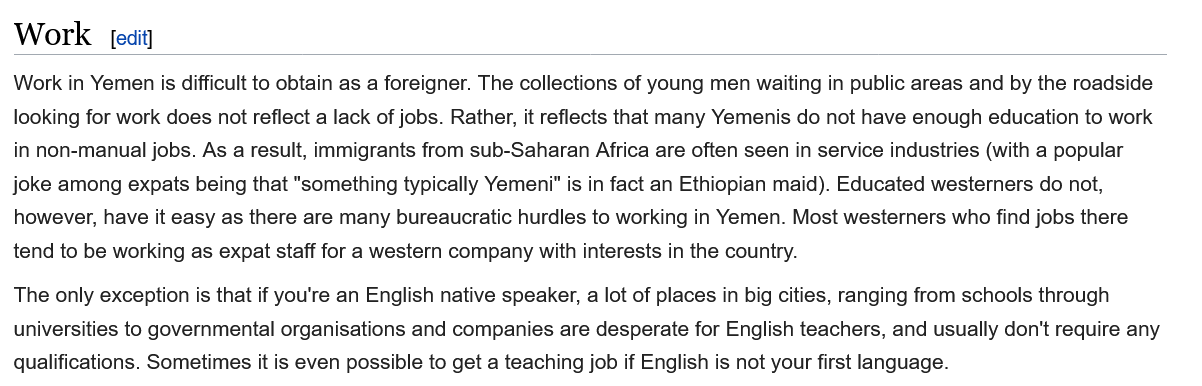
Work    [eait]
  Work in Yemen is difficult to obtain as a foreigner. The collections of young men waiting in public areas and by the roadside
  looking for work does not reflect a lack of jobs. Rather, it reflects that many Yemenis do not have enough education to work
  in non-manual jobs. As a result, immigrants from sub-Saharan Africa are often seen in service industries (with a popular
  joke among expats being that "something typically Yemeni” is in fact an Ethiopian maid). Educated westerners do not,
  however, have it easy as there are many bureaucratic hurdles to working in Yemen. Most westerners who find jobs there
  tend to be working as expat staff for a western company with interests in the country.
  The only exception is that if you're an English native speaker, a lot of places in big cities, ranging from schools through
  universities to governmental organisations and companies are desperate for English teachers, and usually don't require any
  qualifications. Sometimes it is even possible to get a teaching job if English is not your first language.